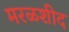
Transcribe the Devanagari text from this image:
मरळशीद